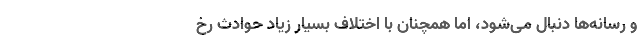
و رسانه‌ها دنبال می‌شود، اما همچنان با اختلاف بسیار زیاد حوادث رخ